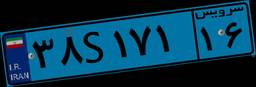
۹۴S۹۴۹۰۰